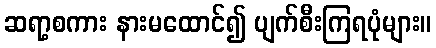
ဆရာ့စကား နားမထောင်၍ ပျက်စီးကြရပုံများ။